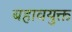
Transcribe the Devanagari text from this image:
बहावयुक्त